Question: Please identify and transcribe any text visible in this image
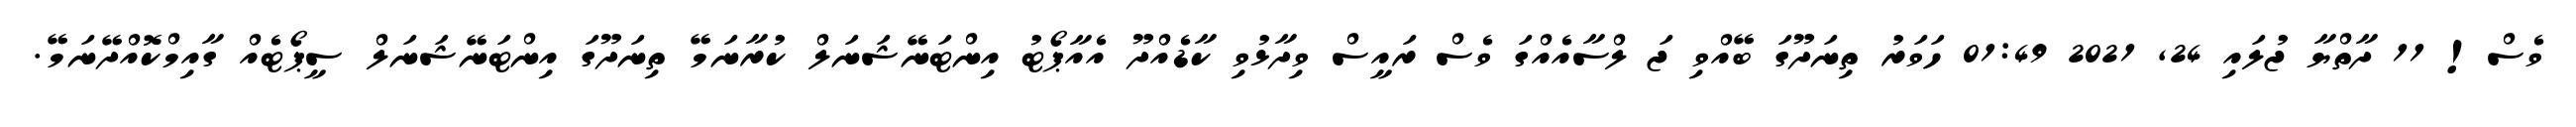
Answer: ވެސް! 11 ދާތްޔާ ޖުލައި 24, 2021 01:49 ހަވަރު ތިނަދޫގަ ބޭއްވި ޖަ ލްސާއެއްގަ ވެސް ރައީސް ވިދާޅުވި ކާޑެއްދޫ އެއާޕޯޓު އިންޓަނޭޝަނަލް ކުރާނަމޭ ތިނަދޫގަ އިންޓަނޭޝަނަލް ސީޕޯޓެއް ގާއިމްކޮއްދޭނަމޭ.